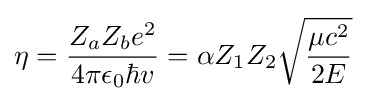
\eta ={\frac {Z_{a}Z_{b}e^{2}}{4\pi \epsilon _{0}\hbar v}}=\alpha Z_{1}Z_{2}{\sqrt {\frac {\mu c^{2}}{2E}}}